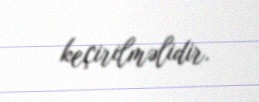
keçirilməlidir.